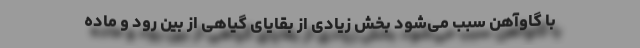
با گاوآهن سبب می‌شود بخش زیادی از بقایای گیاهی از بین ‌رود و ماده